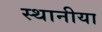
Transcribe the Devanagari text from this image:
स्थानीया